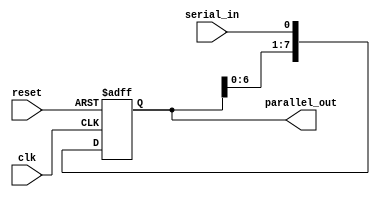
module serial_in_parallel_out_reg(
    input wire clk,
    input wire reset,
    input wire serial_in,
    output reg [7:0] parallel_out
);

reg [7:0] shift_reg;

always @(posedge clk or posedge reset) begin
    if (reset) begin
        shift_reg <= 8'b0;
    end else begin
        shift_reg <= {shift_reg[6:0], serial_in};
    end
end

assign parallel_out = shift_reg;

endmodule